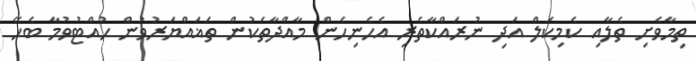
ތިމާވެށި ތެލާއި ކެމިކަލް އަދި ނުރައްކާތެރި އެހެނިހެން މާއްދާތަކުން ތަޣައްޔަރުވުން ހުއްޓުވުމާ ބެހޭ